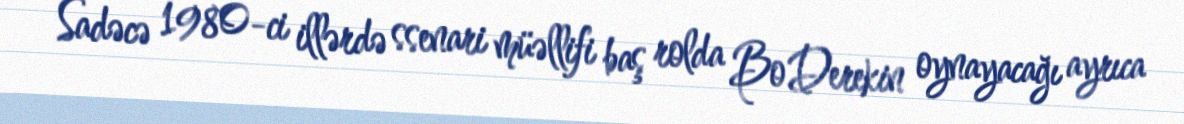
Sadəcə 1980-ci illərdə ssenari müəllifi baş rolda Bo Derekin oynayacağı ayrıca